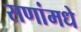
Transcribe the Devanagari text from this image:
सणांमधे